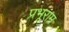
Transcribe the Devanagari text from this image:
प्रभूराम